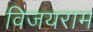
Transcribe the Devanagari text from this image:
विजयराम